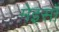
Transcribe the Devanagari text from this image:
मेइसाँ